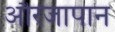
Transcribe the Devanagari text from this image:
औरजापान